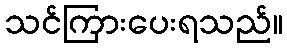
သင်ကြားပေးရသည်။